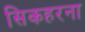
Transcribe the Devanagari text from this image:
सिकहरना